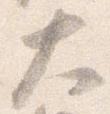
大